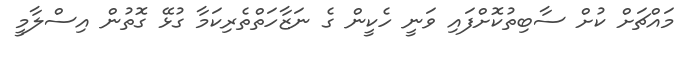
މައްޗަށް ކުށް ސާބިތުކޮށްފައި ވަނީ ހެކީން ގެ ނަޒާހަތްތެރިކަމާ ގުޅޭ ގޮތުން އިސްލާމީ